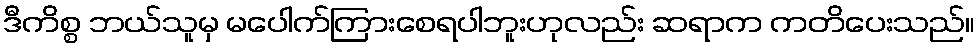
ဒီကိစ္စ ဘယ်သူမှ မပေါက်ကြားစေရပါဘူးဟုလည်း ဆရာက ကတိပေးသည်။